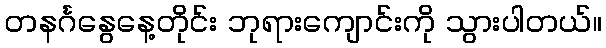
တနင်္ဂနွေနေ့တိုင်း ဘုရားကျောင်းကို သွားပါတယ်။